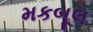
મકબૂલ